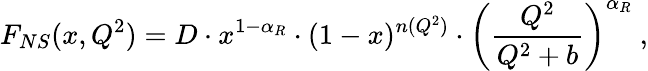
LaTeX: F_{NS}(x,Q^{2})=D\cdot x^{1-\alpha_{R}}\cdot(1-x)^{n(Q^{2})}\cdot\left(\frac{Q^{2}}{Q^{2}+b}\right)^{\alpha_{R}}\ ,